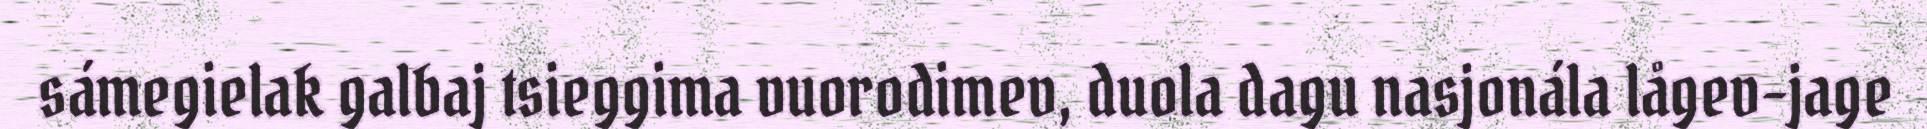
sámegielak galbaj tsieggima vuorodimev, duola dagu nasjonála lågev-jage